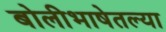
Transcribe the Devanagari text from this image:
बोलीभाषेतल्या